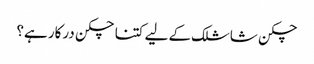
چکن شاشلک کے لیے کتنا چکن درکار ہے؟